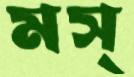
মস্